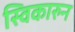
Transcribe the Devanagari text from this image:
स्विकारुन